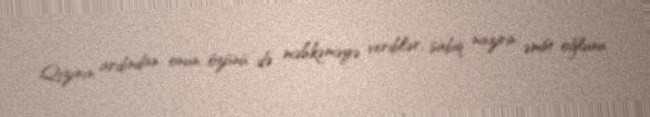
Qızının ardından onun özünü də məhkəməyə veriblər, sabiq nazirin əmisi oğlunu